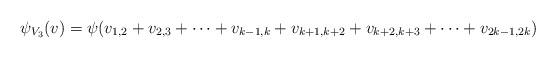
LaTeX: \begin{align*}\psi_{V_3}(v)=\psi(v_{1,2}+v_{2,3}+\cdots +v_{k-1,k}+v_{k+1,k+2}+v_{k+2,k+3}+\cdots +v_{2k-1,2k})\end{align*}